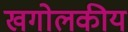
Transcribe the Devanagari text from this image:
खगोलकीय